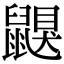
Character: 鼳